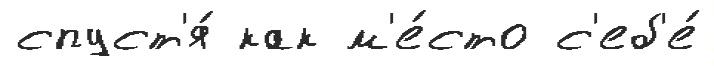
спуст'я́ как м'е́сто с'еб'е́